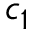
c _ { 1 }